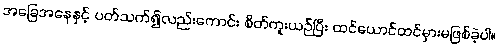
အခြေအနေနှင့် ပတ်သက်၍လည်းကောင်း စိတ်ကူးယဉ်ပြီး ထင်ယောင်ထင်မှားမဖြစ်ခဲ့ပါ။